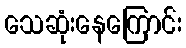
သေဆုံးနေကြောင်း